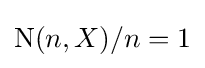
{\text{N}}(n,X)/n=1